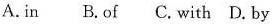
A. in B.Of C. With D. By